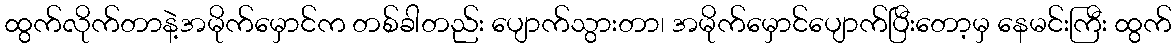
ထွက်လိုက်တာနဲ့အမိုက်မှောင်က တစ်ခါတည်း ပျောက်သွားတာ၊ အမိုက်မှောင်ပျောက်ပြီးတော့မှ နေမင်းကြီး ထွက်